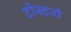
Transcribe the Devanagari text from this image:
टोस्टरों